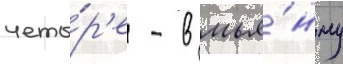
четы́р'е - в мья́нму